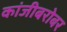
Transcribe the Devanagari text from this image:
कांजीबरोबर